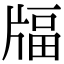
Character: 𤗚